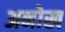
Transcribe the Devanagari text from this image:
अनोख